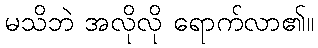
မသိဘဲ အလိုလို ရောက်လာ၏။